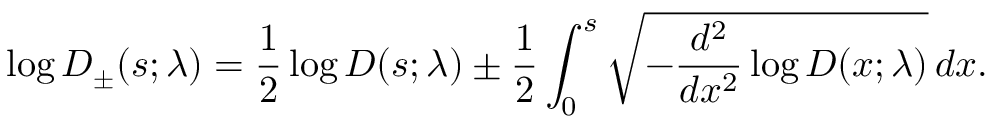
\log D _ { \pm } ( s ; \lambda ) = { \frac { 1 } { 2 } } \log D ( s ; \lambda ) \pm { \frac { 1 } { 2 } } \int _ { 0 } ^ { s } \sqrt { - { \frac { d ^ { 2 } } { d x ^ { 2 } } } \log D ( x ; \lambda ) } \, d x .